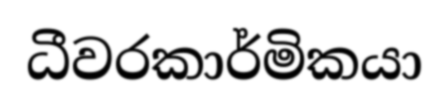
ධීවරකාර්මිකයා